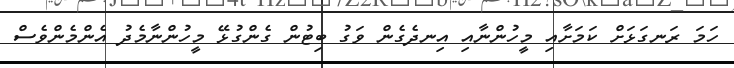
ހަމަ ރަނގަޅަށް ކަމަށާއި މީހުންނާއި އިނދެގެން ވަގު ބިޓުން ގެންގުޅޭ މީހުންނާމެދު އެންމެންވެސް